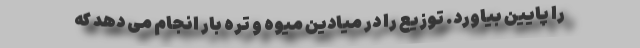
را پایین بیاورد. توزیع را در میادین میوه و تره بار انجام می دهد که